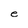
Character: e